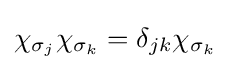
\chi _{\sigma _{j}}\chi _{\sigma _{k}}=\delta _{jk}\chi _{\sigma _{k}}